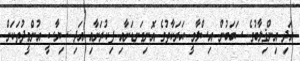
އަދި އިންޤިލާބުގެ ސަބަބުން އިސްލާމީ ޙަރަކާތުގެ އޮނިގަނޑަށާއި ފިކުރަށާއި އަދި ސިޔާސީ އުންމީދުތަކަށް